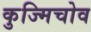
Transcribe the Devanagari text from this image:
कुज्मिचोव